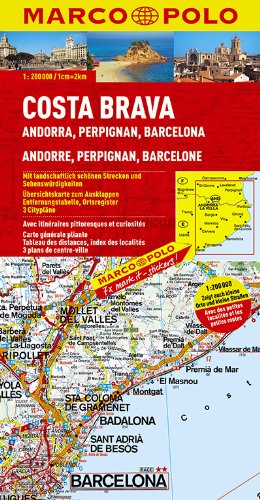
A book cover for Costa Brava - Andorra, Perpignan, Barcelona Marco Polo Map (Marco Polo Maps); Travel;